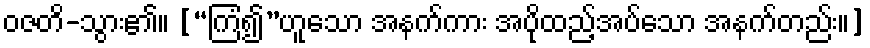
ဝဇတိ-သွား၏။ [“ကြံ၍”ဟူသော အနက်ကား အပိုထည့်အပ်သော အနက်တည်း။]